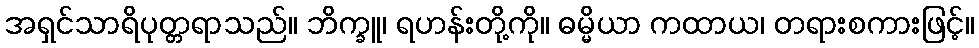
အရှင်သာရိပုတ္တရာသည်။ ဘိက္ခူ၊ ရဟန်းတို့ကို။ ဓမ္မိယာ ကထာယ၊ တရားစကားဖြင့်။